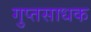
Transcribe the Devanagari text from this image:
गुप्तसाधक